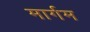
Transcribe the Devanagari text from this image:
मार्गम